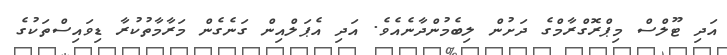
އަދި ޓޫލްސް މިޕްރޮގްރާމްގެ ދަށުން ލިބެމުންދާނެއެވެ. އަދި އެޕަލްއިން ގަނެގެން މަރާމާތުކުރާ ޑިވައިސްތަކުގެ